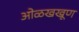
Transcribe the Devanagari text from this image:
ओळखखूण